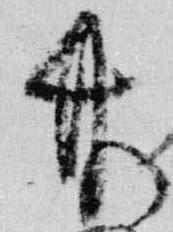
竹